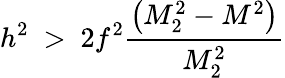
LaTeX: h^{2}~>~2f^{2}{\frac{\left(M_{2}^{2}-M^{2}\right)}{M_{2}^{2}}}